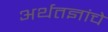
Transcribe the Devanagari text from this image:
अर्थतज्ञांचे